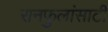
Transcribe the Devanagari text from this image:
रानफुलांसाठी